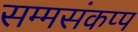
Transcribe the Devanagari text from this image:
सम्मसंकप्प